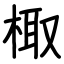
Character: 棷